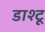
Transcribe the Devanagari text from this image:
डाश्टू